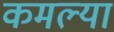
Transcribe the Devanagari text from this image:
कमल्या